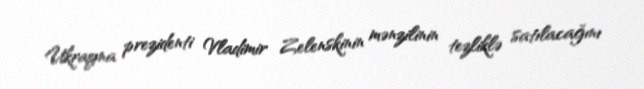
Ukrayna prezidenti Vladimir Zelenskinin mənzilinin tezliklə satılacağını